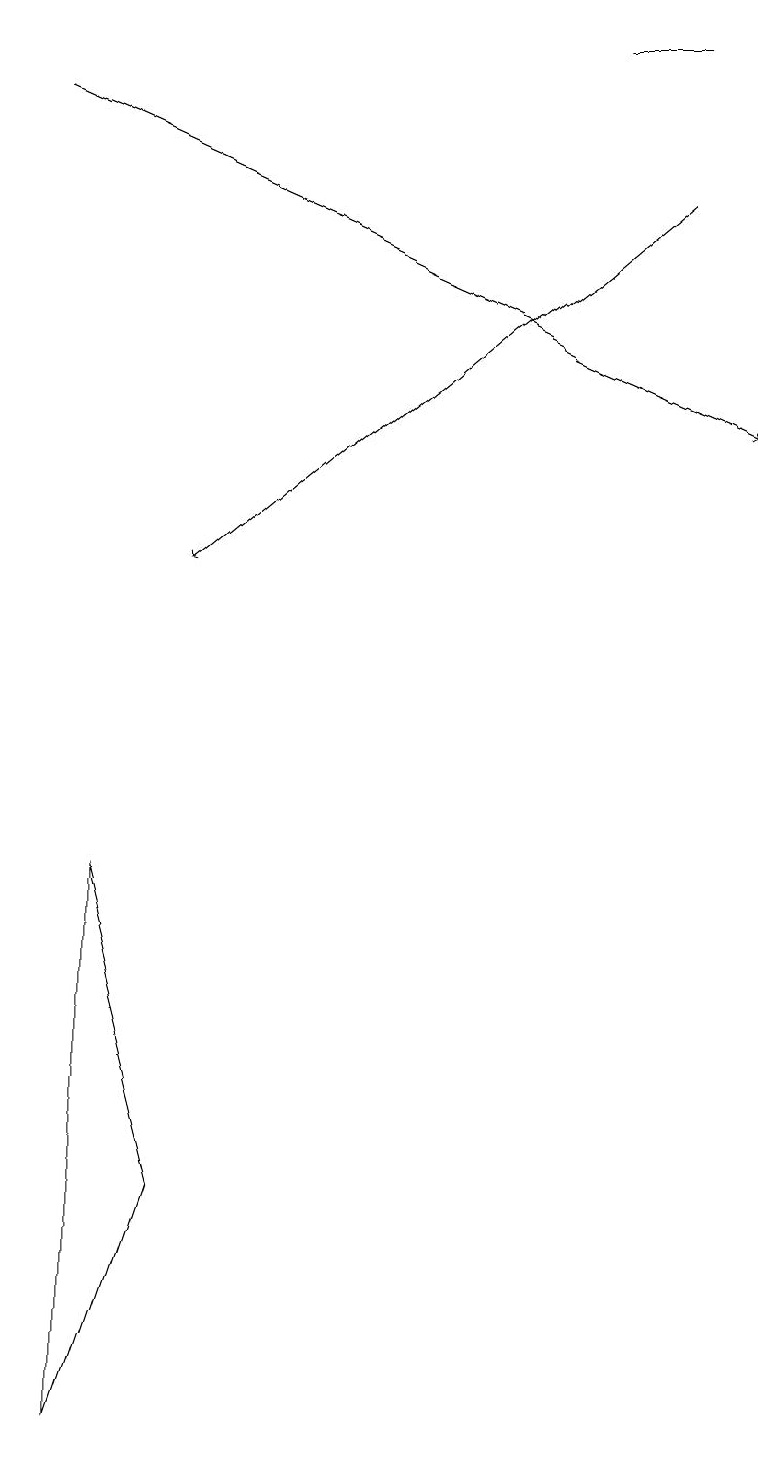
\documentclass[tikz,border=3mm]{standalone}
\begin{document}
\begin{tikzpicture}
\draw[->] (8,17) -- (2,12);
\draw[->] (0,18) -- (9,14);
\draw (7,19) rectangle (8,19);
\draw (1,1) -- (2,4) -- (1,8) -- cycle;
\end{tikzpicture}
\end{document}